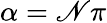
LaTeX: \alpha=\mathscr{N}\pi